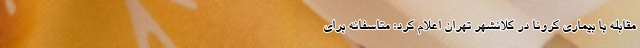
مقابله با بیماری کرونا در کلانشهر تهران اعلام کرد: متاسفانه برای